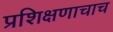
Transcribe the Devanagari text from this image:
प्रशिक्षणाचाच